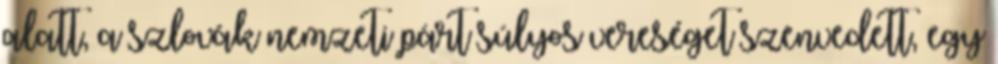
alatt, a szlovák nemzeti párt súlyos vereséget szenvedett, egy